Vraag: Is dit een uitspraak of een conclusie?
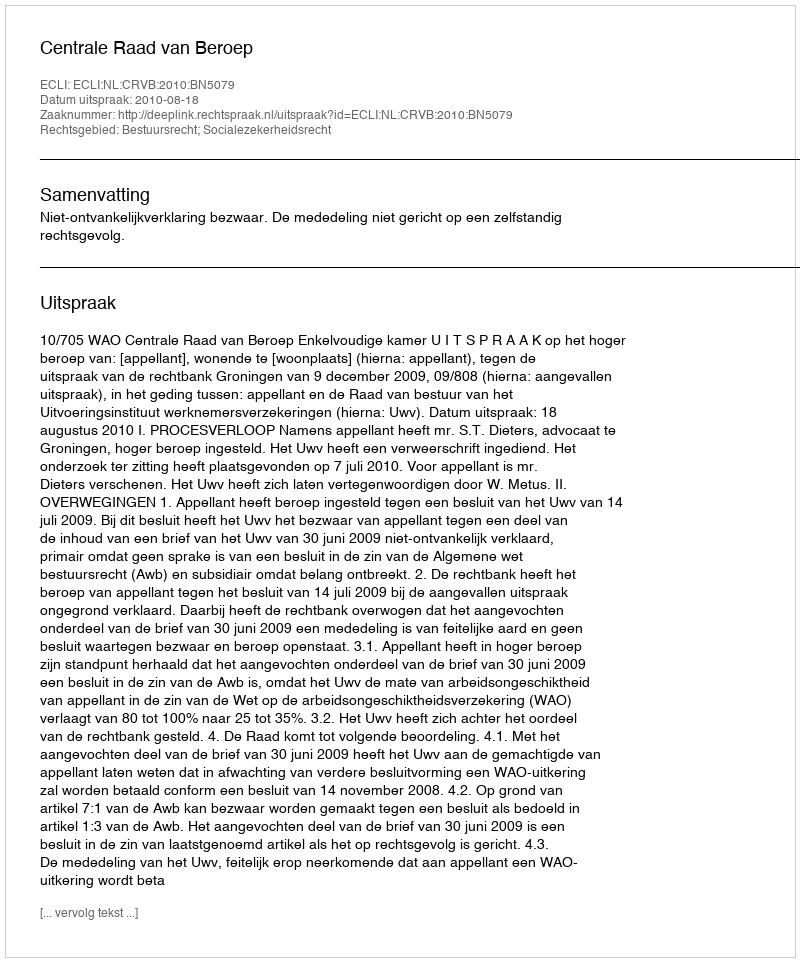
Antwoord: Uitspraak